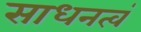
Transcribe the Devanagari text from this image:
साधनत्वं